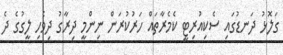
ގަލޮޅު ދަނޑުގައި ސެކިއުރިޓީ ކެމެރާތައް ހަރުކުރަން ނިންމީ ދިރާގު ދިވެހި ލީގުގެ ދެ